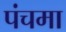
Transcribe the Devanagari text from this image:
पंचमा